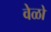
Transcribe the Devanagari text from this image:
वेळो